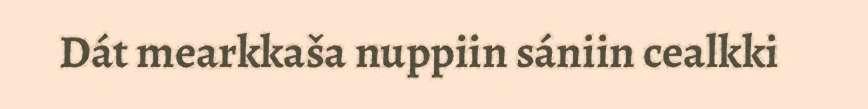
Dát mearkkaša nuppiin sániin cealkki